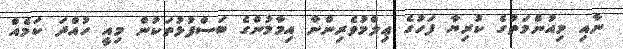
ނާއި މިއުންމަތުގެ ކުރިޔާ ފަހުގެ ޢިލްމުވެރިންނާ އިމާމުންގެ ބަސްފުޅުތަކުން މިއީ ހުއްދަ ކަމެއް